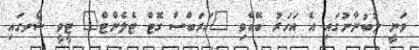
ވަނީ ލުބުނާނުގައި އެ އަހަރު ބޭއްވި "އަރަބްސް ގޮޓް ޓެލެންޓް" ޓީވީ ޝޯވގައި